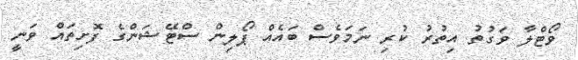
ވޯޓްލާ ވަގުތު އިތުރު ކުރި ނަމަވެސް ބައެއް ޕޯލިން ސްޓޭޝަންގެ ފޮށިތައް ވަނީ